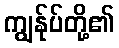
ကျွန်ုပ်တို့၏